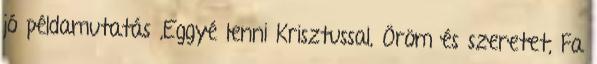
jó példamutatás ,Eggyé lenni Krisztussal, Öröm és szeretet, Fa